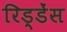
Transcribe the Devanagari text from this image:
रिड्डेंस